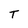
Character: T